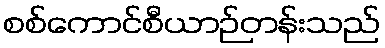
စစ်ကောင်စီယာဉ်တန်းသည်